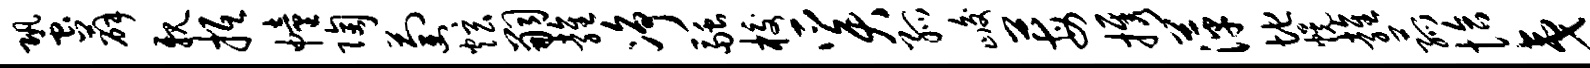
蛩薛亲抵幢陶萄炫嗣雍净融校奚孤峻莓携萍地幌雍菰恰夷